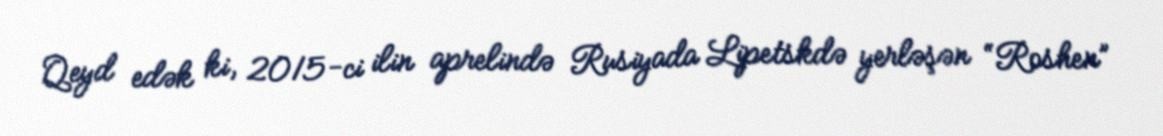
Qeyd edək ki, 2015-ci ilin aprelində Rusiyada Lipetskdə yerləşən “Roshen”